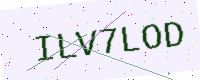
Text: ILV7LOD